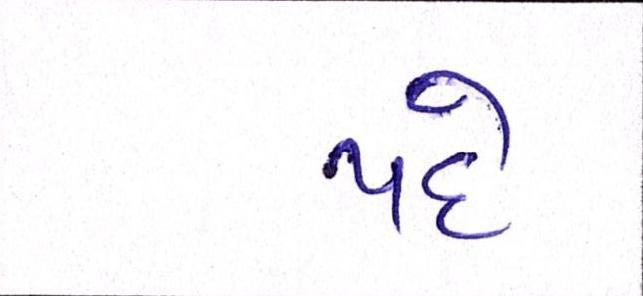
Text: પદે